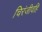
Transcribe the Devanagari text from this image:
चिरंजीवहि